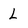
Character: L